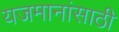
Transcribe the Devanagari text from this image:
यजमानांसाठी